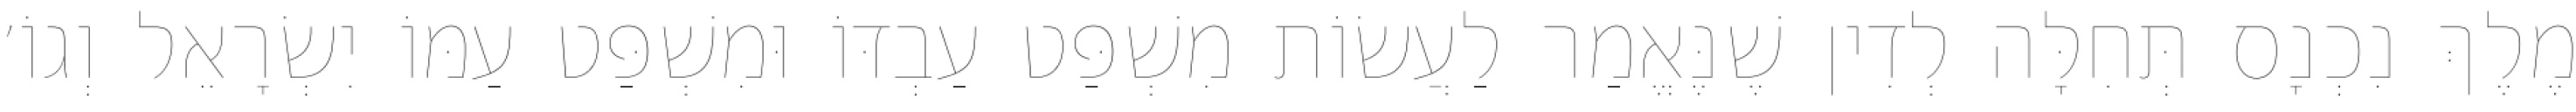
מֶלֶךְ נִכְנָס תְּחִלָּה לְדִין שֶׁנֶּאֱמַר לַעֲשׂוֹת מִשְׁפַּט עַבְדּוֹ וּמִשְׁפַּט עַמּוֹ יִשְׂרָאֵל וְגוֹ׳